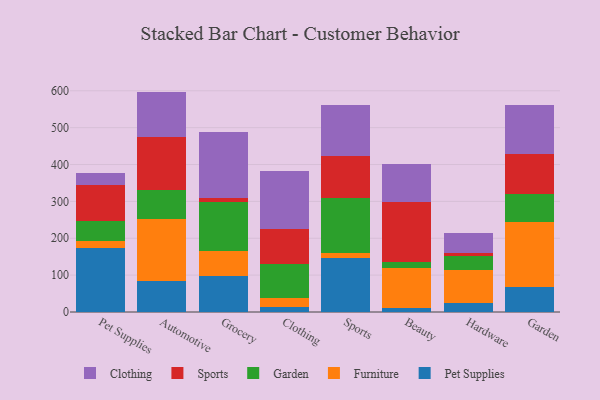
{"axis": {"x": "Category", "y": "Satisfaction Score"}, "legend": ["Clothing", "Furniture", "Garden", "Pet Supplies", "Sports"], "data": [{"x": "Pet Supplies", "y": 173.3, "type": "Pet Supplies"}, {"x": "Pet Supplies", "y": 20.1, "type": "Furniture"}, {"x": "Pet Supplies", "y": 52.9, "type": "Garden"}, {"x": "Pet Supplies", "y": 97.1, "type": "Sports"}, {"x": "Pet Supplies", "y": 33.0, "type": "Clothing"}, {"x": "Automotive", "y": 84.9, "type": "Pet Supplies"}, {"x": "Automotive", "y": 166.7, "type": "Furniture"}, {"x": "Automotive", "y": 79.5, "type": "Garden"}, {"x": "Automotive", "y": 143.6, "type": "Sports"}, {"x": "Automotive", "y": 123.1, "type": "Clothing"}, {"x": "Grocery", "y": 96.5, "type": "Pet Supplies"}, {"x": "Grocery", "y": 69.9, "type": "Furniture"}, {"x": "Grocery", "y": 132.6, "type": "Garden"}, {"x": "Grocery", "y": 10.0, "type": "Sports"}, {"x": "Grocery", "y": 179.3, "type": "Clothing"}, {"x": "Clothing", "y": 13.5, "type": "Pet Supplies"}, {"x": "Clothing", "y": 24.1, "type": "Furniture"}, {"x": "Clothing", "y": 93.2, "type": "Garden"}, {"x": "Clothing", "y": 94.4, "type": "Sports"}, {"x": "Clothing", "y": 158.3, "type": "Clothing"}, {"x": "Sports", "y": 147.7, "type": "Pet Supplies"}, {"x": "Sports", "y": 12.4, "type": "Furniture"}, {"x": "Sports", "y": 149.5, "type": "Garden"}, {"x": "Sports", "y": 112.2, "type": "Sports"}, {"x": "Sports", "y": 141.0, "type": "Clothing"}, {"x": "Beauty", "y": 9.7, "type": "Pet Supplies"}, {"x": "Beauty", "y": 109.7, "type": "Furniture"}, {"x": "Beauty", "y": 17.2, "type": "Garden"}, {"x": "Beauty", "y": 161.8, "type": "Sports"}, {"x": "Beauty", "y": 104.3, "type": "Clothing"}, {"x": "Hardware", "y": 25.2, "type": "Pet Supplies"}, {"x": "Hardware", "y": 88.2, "type": "Furniture"}, {"x": "Hardware", "y": 39.4, "type": "Garden"}, {"x": "Hardware", "y": 8.4, "type": "Sports"}, {"x": "Hardware", "y": 54.1, "type": "Clothing"}, {"x": "Garden", "y": 69.0, "type": "Pet Supplies"}, {"x": "Garden", "y": 174.5, "type": "Furniture"}, {"x": "Garden", "y": 76.1, "type": "Garden"}, {"x": "Garden", "y": 108.0, "type": "Sports"}, {"x": "Garden", "y": 133.0, "type": "Clothing"}]}